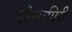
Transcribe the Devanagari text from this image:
दोणागिरी